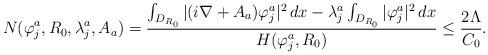
LaTeX: \begin{align*} N(\varphi_j^a, R_0,\lambda_j^a,A_a)= \frac{\int_{D_{R_0}} |(i\nabla + A_a)\varphi_j^a|^2\,dx - \lambda_j^a \int_{D_{R_0}}|\varphi_j^a|^2\,dx} {H(\varphi_j^a, R_0)}\leq \frac{2\Lambda}{C_0}.\end{align*}